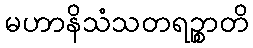
မဟာနိသံသတရဉ္စာတိ